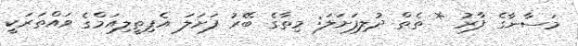
މަސާނާގެ ފާރު * ތެތް ދުލިފަށަލަ: މިތާގެ ބޭރު ފަށަލަ އެޕިތީލިއަމްގެ ވައްތަރަކީ